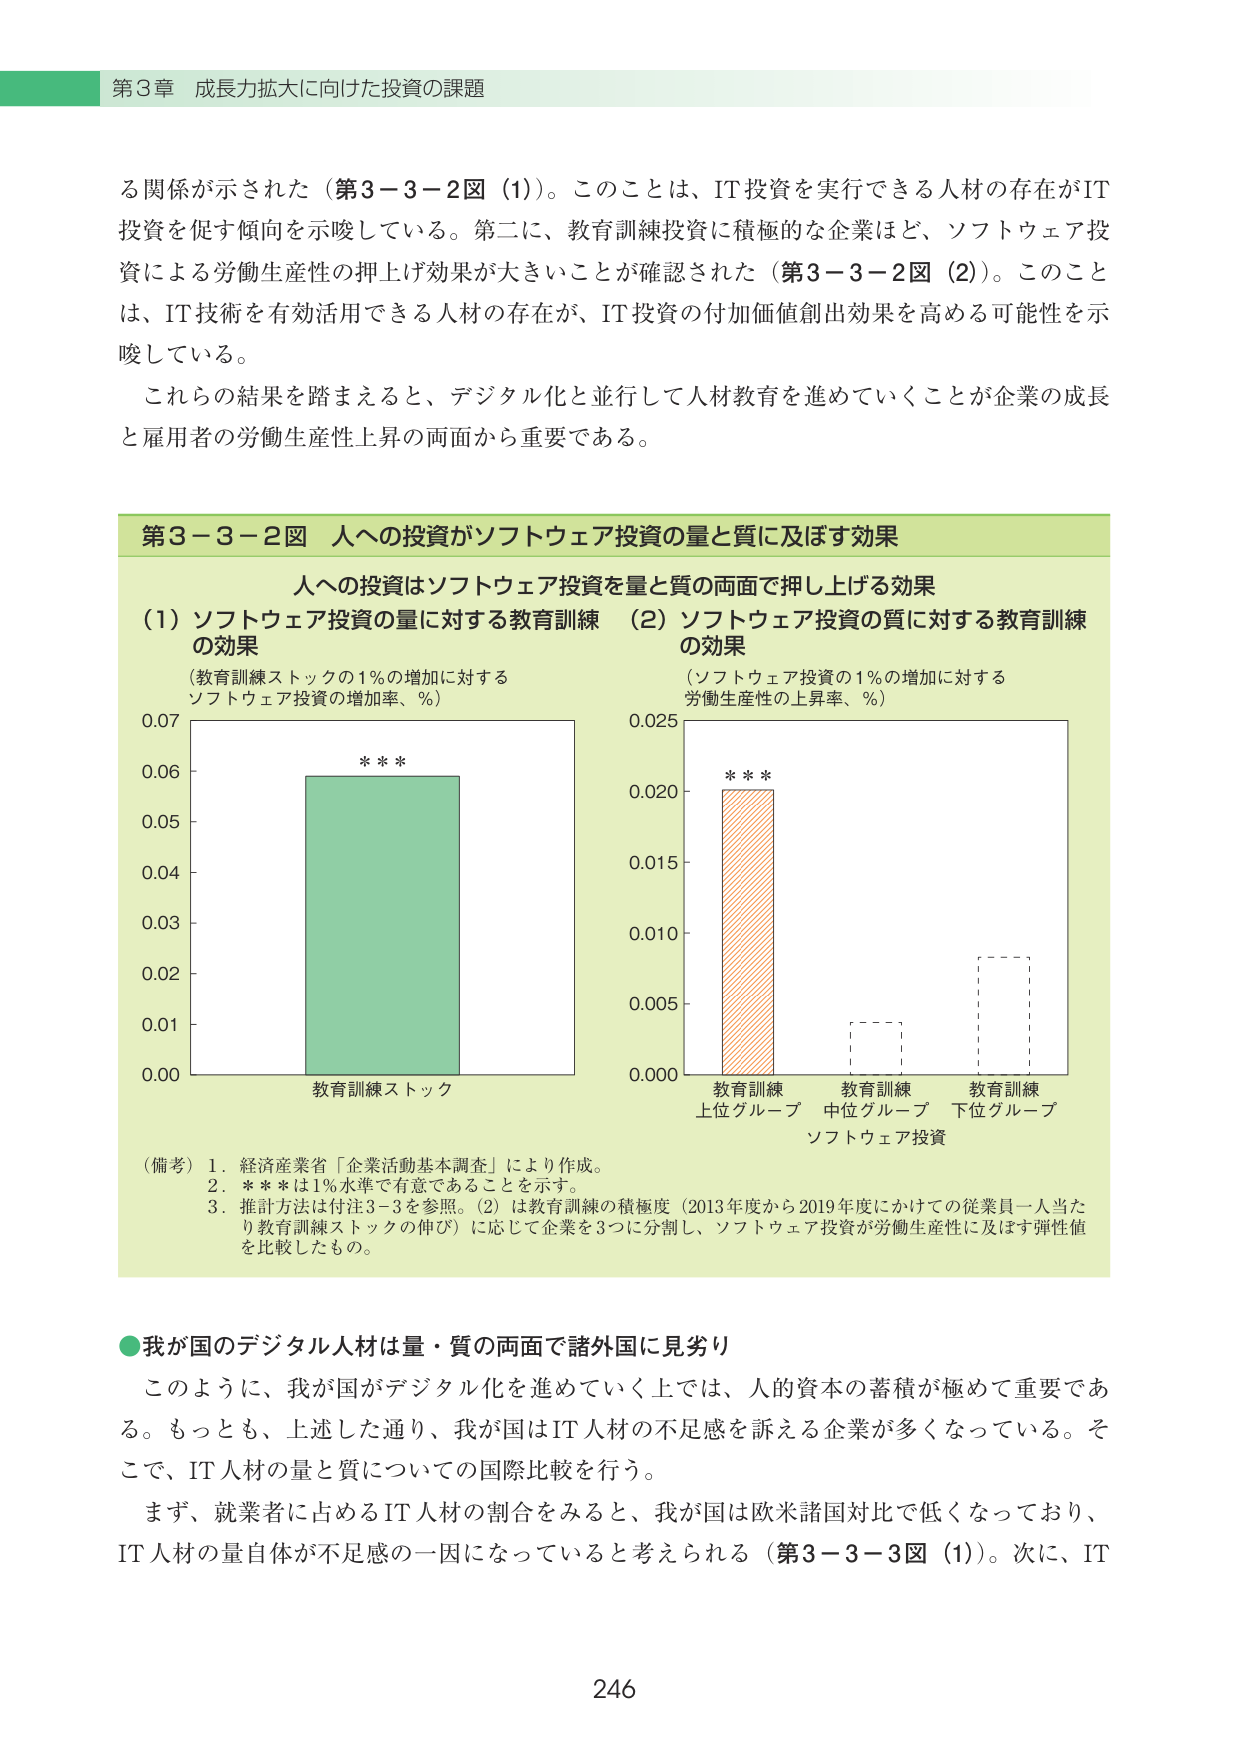
第3章 成長力拡大に向けた投資の課題

る関係が示された（第3－3－2図（1））。このことは、IT投資を実行できる人材の存在がIT投資を促す傾向を示唆している。第二に、教育訓練投資に積極的な企業ほど、ソフトウェア投資による労働生産性の押上げ効果が大きいことが確認された（第3－3－2図（2））。このことは、IT技術を有効活用できる人材の存在が、IT投資の付加価値創出効果を高める可能性を示唆している。

これらの結果を踏まえると、デジタル化と並行して人材教育を進めていくことが企業の成長と雇用者の労働生産性上昇の両面から重要である。

第3－3－2図 人への投資がソフトウェア投資の量と質に及ぼす効果

人への投資はソフトウェア投資を量と質の両面で押し上げる効果

（1）ソフトウェア投資の量に対する教育訓練の効果
（教育訓練ストックの1％の増加に対するソフトウェア投資の増加率、％）

0.07
0.06
0.05
0.04
0.03
0.02
0.01
0.00

教育訓練ストック

（2）ソフトウェア投資の質に対する教育訓練の効果
（ソフトウェア投資の1％の増加に対する労働生産性の上昇率、％）

0.025
0.020
0.015
0.010
0.005
0.000

教育訓練
上位グループ

教育訓練
中位グループ

教育訓練
下位グループ

ソフトウェア投資

（備考）1．経済産業省「企業活動基本調査」により作成。
2．＊＊＊は1％水準で有意であることを示す。
3．推計方法は付注3－3を参照。（2）は教育訓練の積極度（2013年度から2019年度にかけての従業員一人当たり教育訓練ストックの伸び）に応じて企業を3つに分割し、ソフトウェア投資が労働生産性に及ぼす弾性値を比較したもの。

●我が国のデジタル人材は量・質の両面で諸外国に見劣り

このように、我が国がデジタル化を進めていく上では、人的資本の蓄積が極めて重要である。もっとも、上述した通り、我が国はIT人材の不足感を訴える企業が多くなっている。そこで、IT人材の量と質についての国際比較を行う。

まず、就業者に占めるIT人材の割合をみると、我が国は欧米諸国対比で低くなっており、IT人材の量自体が不足感の一因になっていると考えられる（第3－3－3図（1））。次に、IT

246